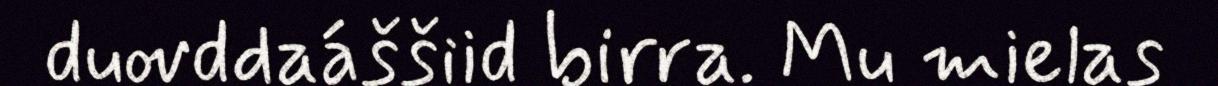
duovddaáššiid birra. Mu mielas